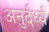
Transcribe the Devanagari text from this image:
अनुर्दर्ध्य